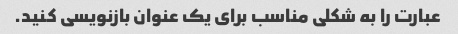
عبارت را به شکلی مناسب برای یک عنوان بازنویسی کنید.